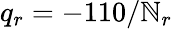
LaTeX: q_{r}=-110/\mathbb{N}_{r}